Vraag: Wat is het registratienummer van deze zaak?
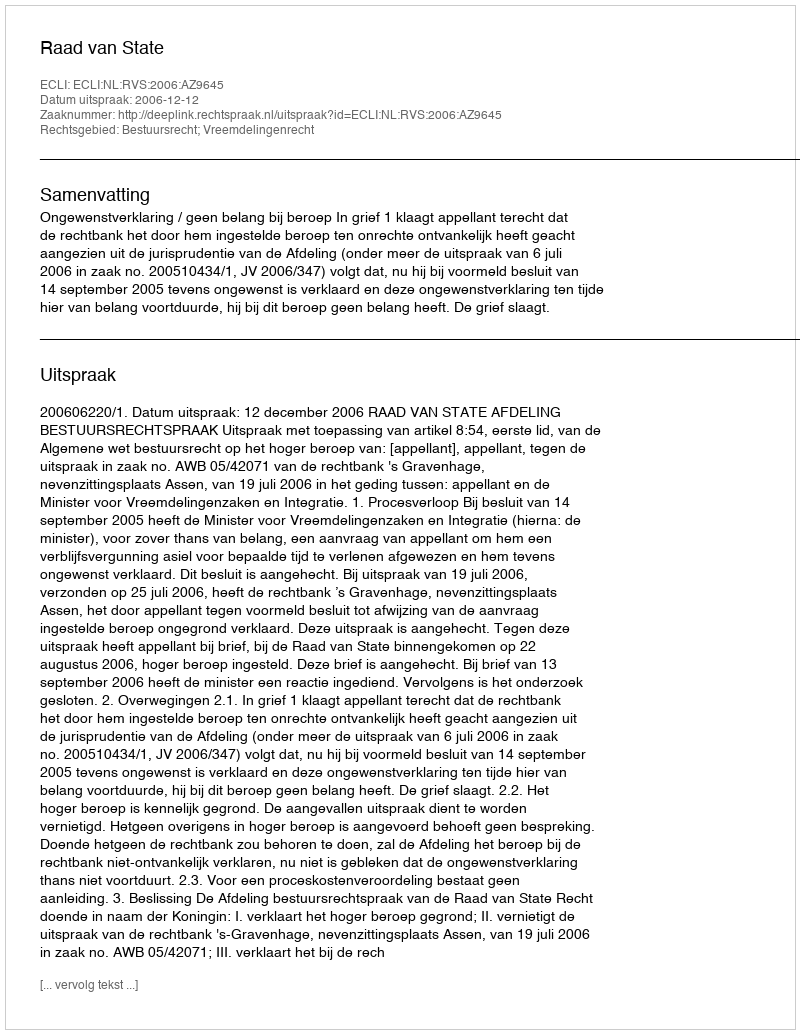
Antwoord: http://deeplink.rechtspraak.nl/uitspraak?id=ECLI:NL:RVS:2006:AZ9645